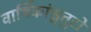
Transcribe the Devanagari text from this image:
वार्षिकांश्चतुरो